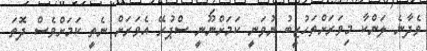
ވެދާނެ ލަންކާ މިވަރަށްތަހުޒީބު ނުވަނީ ކަމަށްނޫނީ ސްޕުރޭ އެވަރަށް ނެތީ ކަމަށްވެސް ދޮތަ